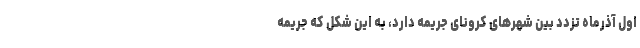
اول آذرماه تزدد بین شهرهای کرونای جریمه دارد، به این شکل که جریمه